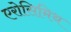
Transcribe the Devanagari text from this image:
एरोसिमिथ